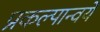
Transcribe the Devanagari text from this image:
प्रकल्पान्वये